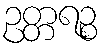
ဥတ္တရဉ္စ